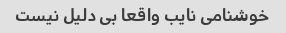
خوشنامی نایب واقعا بی دلیل نیست